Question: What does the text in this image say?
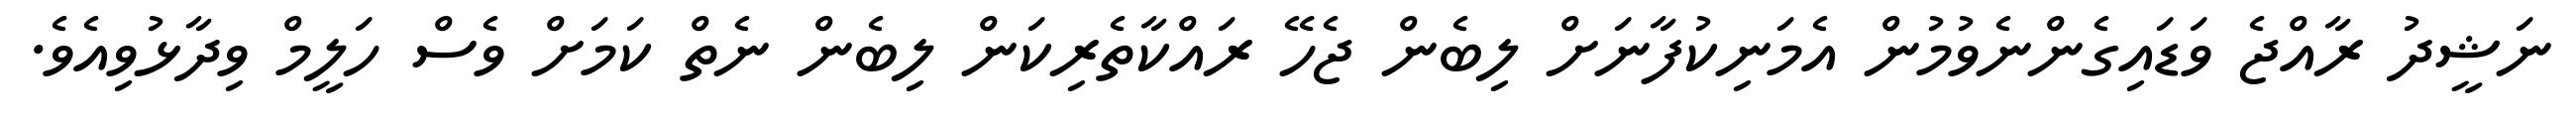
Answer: ނަޝީދު ރާއްޖެ ވަޑައިގެންނެވުމުން އެމަނިކުފާނަށް ލިބެން ޖެހޭ ރައްކާތެރިކަން ލިބެން ނެތް ކަމަށް ވެސް ހަލީމް ވިދާޅުވިއެވެ.